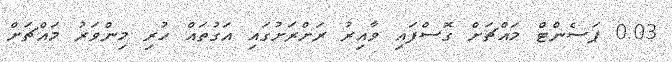
0.03 ޕަސެންޓް މައްޗަށް ގޮސްފައި ވާއިރު ރަށްރަށުގައި އަގުތައް ހުރި މިންވަރު މައްޗަަށް